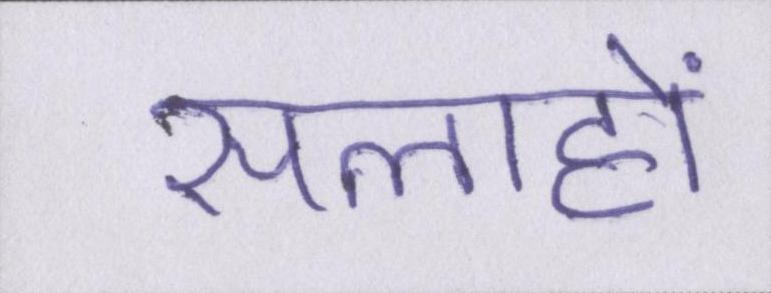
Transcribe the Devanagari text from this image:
सलाहों